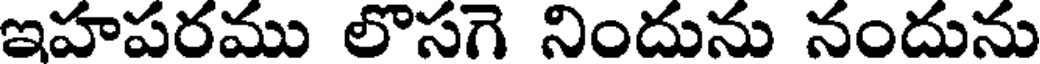
ఇహపరము లొసగె నిందును నందును